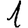
Digit: 1